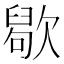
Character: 𣤒